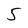
Character: 5